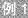
例1